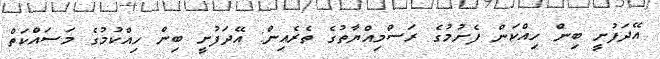
އޭދަފުށީ ބިން ހިއްކަން ފެށުމުގެ ރަސްމިއްޔާތުގެ ތެރެއިން: އޭދަފުށީ ބިން ހިއްކުމުގެ މަސައްކަތް